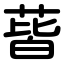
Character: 蒈